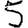
Digit: 5